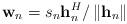
LaTeX: \begin{align*}\mathbf{w}_n=s_n \mathbf{h}_n^H/\left\|\mathbf{h}_n\right\| \end{align*}